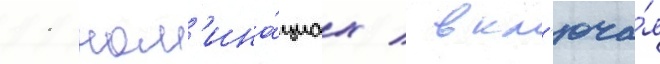
11 ном'ина́циах / вкл'юча́я